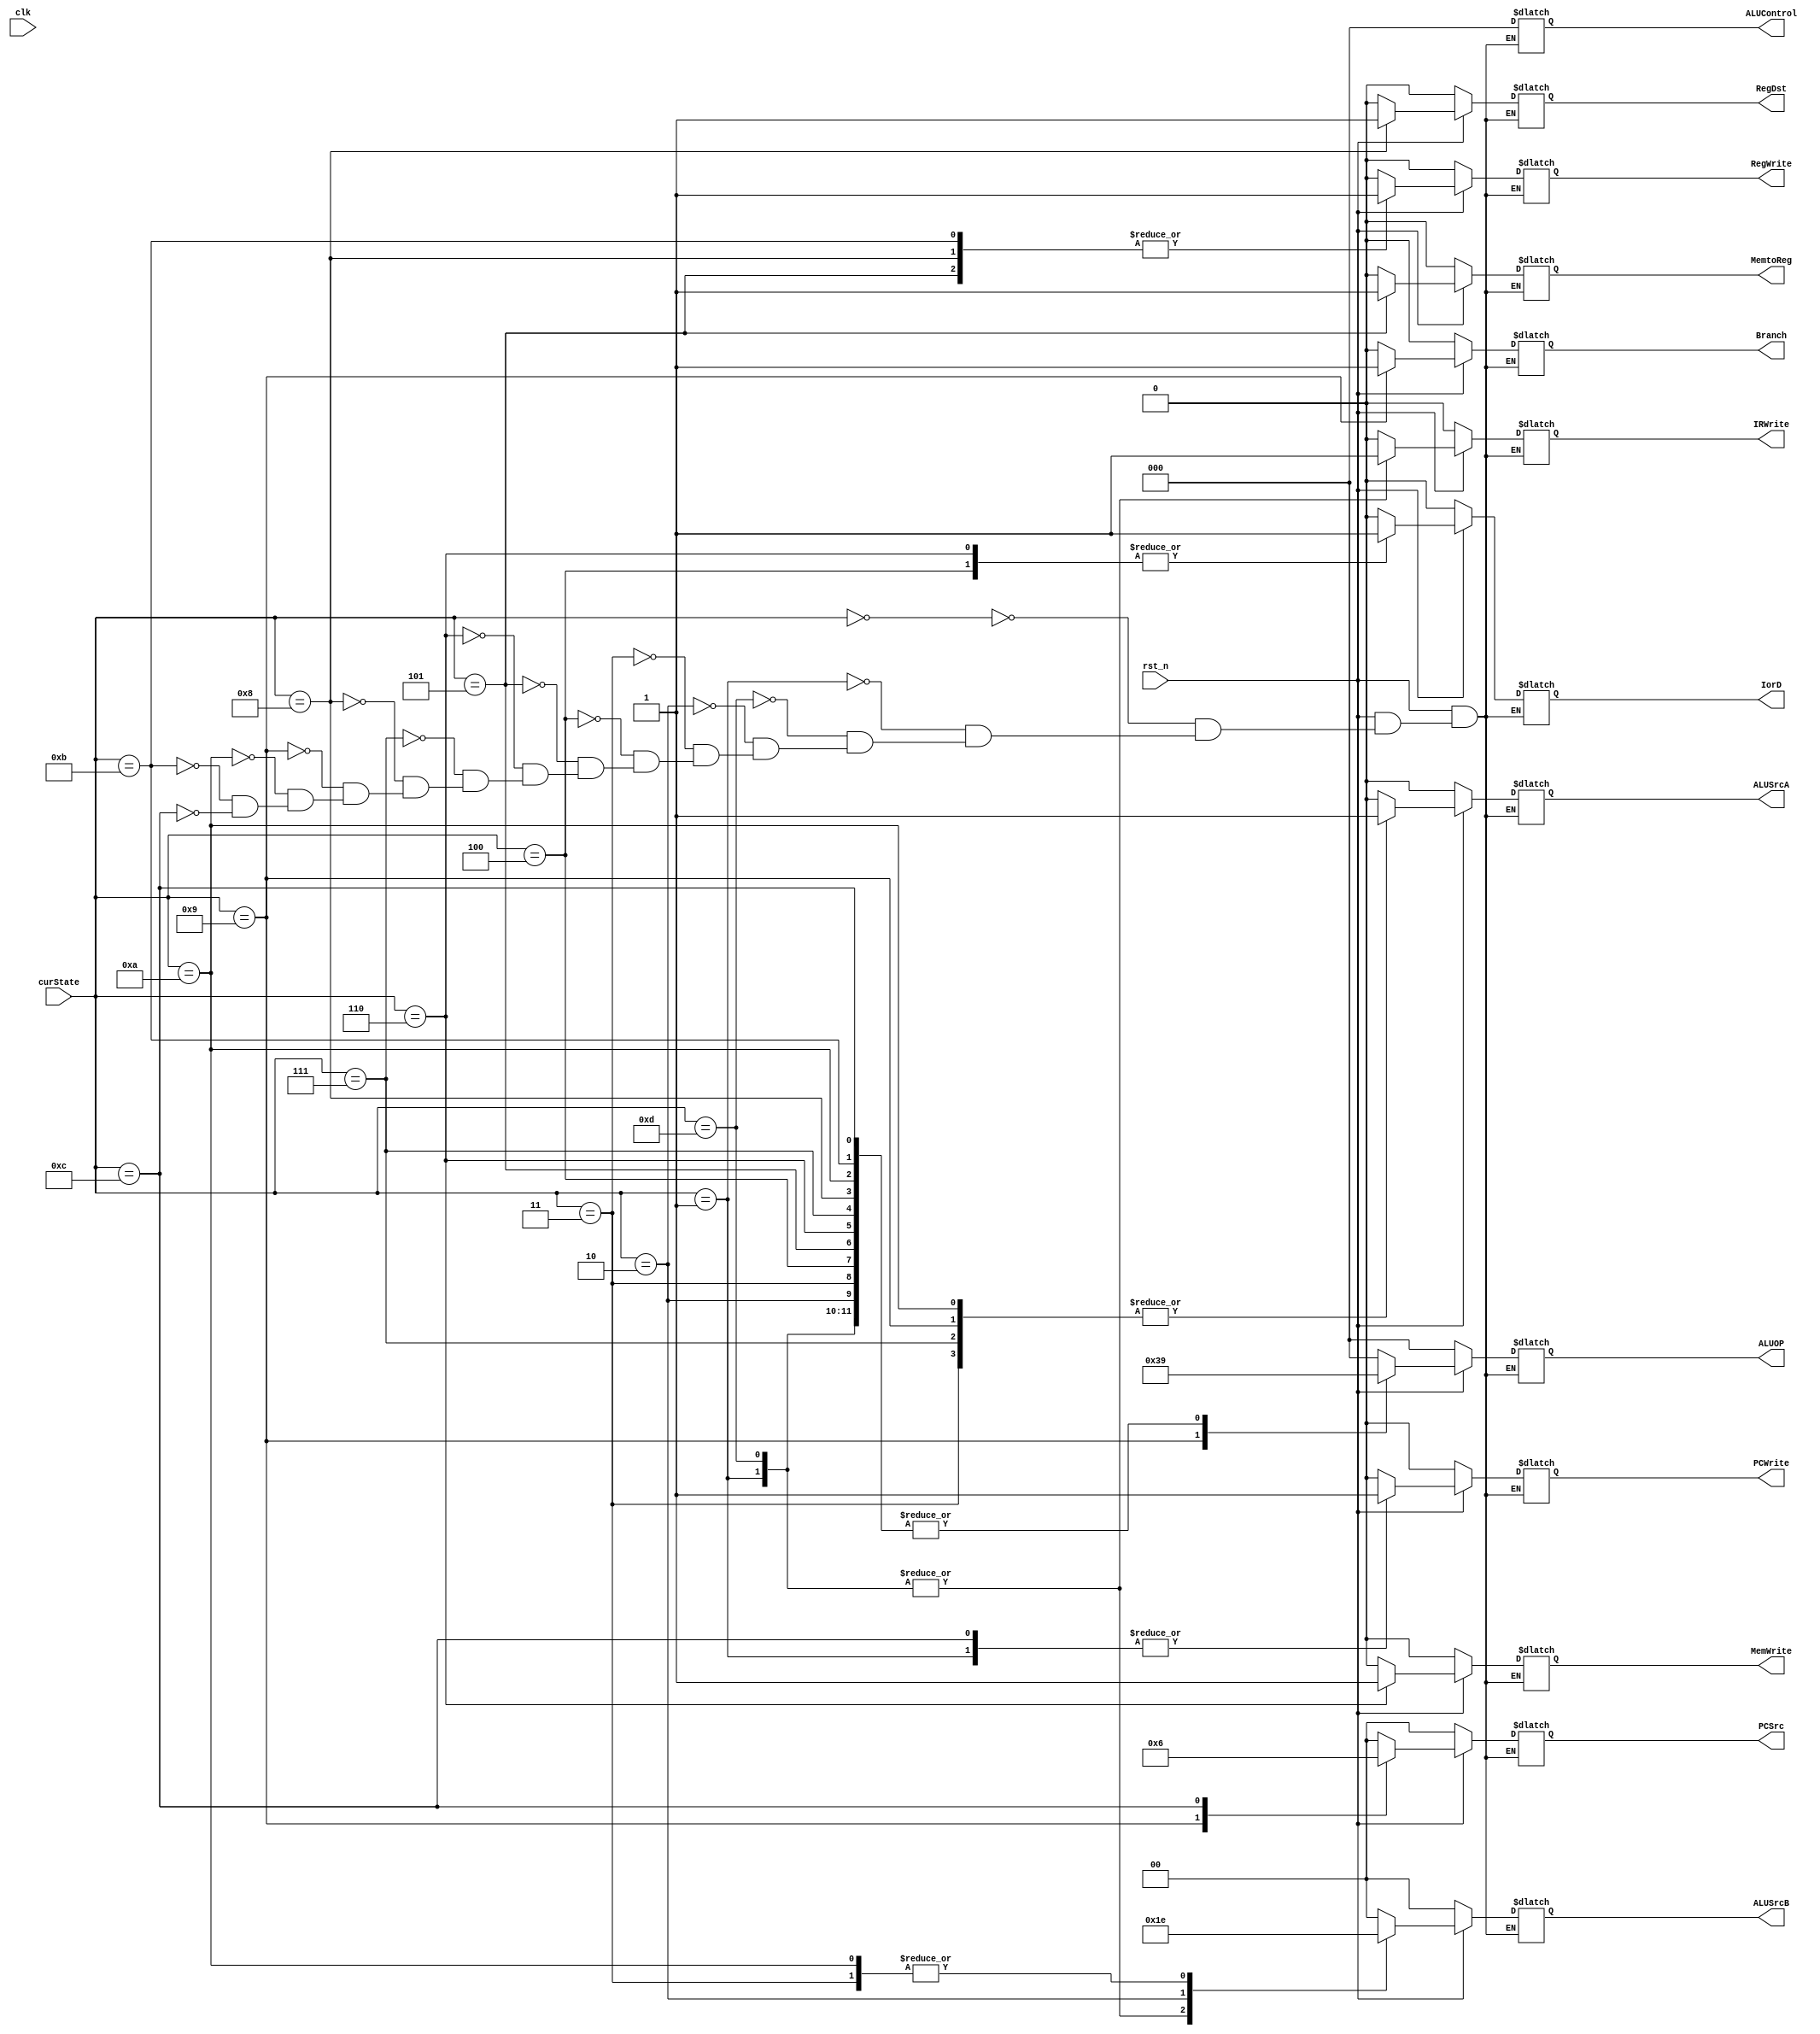
module Control_Unit_Signal(
input					clk,
input					rst_n,
input		[3:0]		curState,
output	reg				IorD,			//ָݱʶ0ʾָ1ʾ
output	reg				MemWrite,
output	reg				MemtoReg,
output	reg				IRWrite,
output	reg				PCWrite,
output	reg				RegWrite,
output	reg				RegDst,
output	reg				Branch,
output	reg	[1:0]		PCSrc,
output	reg	[2:0]		ALUControl,
output	reg				ALUSrcA,
output	reg	[1:0]		ALUSrcB,
output	reg	[2:0]		ALUOP
    );


parameter idle			= 4'b0000;
parameter fetch			= 4'b0001;		//ȡָ
parameter decode		= 4'b0010;		//
parameter memAddress 	= 4'b0011;		//ַ
parameter memRead 		= 4'b0100;		//ڴ
parameter memWriteBack	= 4'b0101;		//ڴд
parameter memWrite		= 4'b0110;		//ڴд
parameter execute		= 4'b0111;		//ִ
parameter ALUWriteBack	= 4'b1000;		//ALUд
parameter branch		= 4'b1001;		//֧
parameter addiExecute	= 4'b1010;		//addiִ
parameter addiWriteBack = 4'b1011;		//addiд
parameter jump			= 4'b1100;		//ת	
parameter suspend		= 4'b1101;


always@(*)
begin
	if(~rst_n)
	begin
		IorD		= 0;
		MemWrite	= 0;
		MemtoReg	= 0;
		IRWrite		= 0;
		PCWrite		= 0;
		RegWrite	= 0;
		RegDst		= 0;
		Branch		= 0;
		PCSrc		= 2'b00;
		ALUControl	= 3'b000;
		ALUSrcA		= 0;
		ALUSrcB		= 2'b00;
		ALUOP		= 2'b00;
	end
	else
	begin
		case(curState)
			idle:
				begin
					IorD		= 0;
					MemWrite	= 0;
					MemtoReg	= 0;
					IRWrite		= 0;
					PCWrite		= 0;
					RegWrite	= 0;
					RegDst		= 0;
					Branch		= 0;
					PCSrc		= 2'b00;
					ALUControl	= 3'b000;
					ALUSrcA		= 0;
					ALUSrcB		= 2'b00;
					ALUOP		= 2'b00;
				end
			fetch:
				begin
					IorD		= 0;
					MemWrite	= 0;
					MemtoReg	= 0;
					IRWrite		= 1;
					PCWrite		= 1;
					RegWrite	= 0;
					RegDst		= 0;
					Branch		= 0;
					PCSrc		= 2'b00;
					ALUControl	= 3'b000;
					ALUSrcA		= 0;
					ALUSrcB		= 2'b01;
					ALUOP		= 2'b001;
				end
			suspend:
				begin
					IorD		= 0;
					MemWrite	= 0;
					MemtoReg	= 0;
					IRWrite		= 1;
					PCWrite		= 0;
					RegWrite	= 0;
					RegDst		= 0;
					Branch		= 0;
					PCSrc		= 2'b00;
					ALUControl	= 3'b000;
					ALUSrcA		= 0;
					ALUSrcB		= 2'b01;
					ALUOP		= 2'b001;
				end
			decode:
				begin
					IorD		= 0;
					MemWrite	= 0;
					MemtoReg	= 0;
					IRWrite		= 0;
					PCWrite		= 0;
					RegWrite	= 0;
					RegDst		= 0;
					Branch		= 0;
					PCSrc		= 2'b00;
					ALUControl	= 3'b000;
					ALUSrcA		= 0;
					ALUSrcB		= 2'b11;
					ALUOP		= 2'b001;
				end
			memAddress:
				begin
					IorD		= 0;
					MemWrite	= 0;
					MemtoReg	= 0;
					IRWrite		= 0;
					PCWrite		= 0;
					RegWrite	= 0;
					RegDst		= 0;
					Branch		= 0;
					PCSrc		= 2'b00;
					ALUControl	= 3'b000;
					ALUSrcA		= 1;
					ALUSrcB		= 2'b10;
					ALUOP		= 2'b001;
				end
			memRead:
				begin
					IorD		= 1;
					MemWrite	= 0;
					MemtoReg	= 0;
					IRWrite		= 0;
					PCWrite		= 0;
					RegWrite	= 0;
					RegDst		= 0;
					Branch		= 0;
					PCSrc		= 2'b00;
					ALUControl	= 3'b000;
					ALUSrcA		= 0;
					ALUSrcB		= 2'b00;
					ALUOP		= 2'b001;
				end
			memWriteBack:
				begin
					IorD		= 0;
					MemWrite	= 0;
					MemtoReg	= 1;
					IRWrite		= 0;
					PCWrite		= 0;
					RegWrite	= 1;
					RegDst		= 0;
					Branch		= 0;
					PCSrc		= 2'b00;
					ALUControl	= 3'b000;
					ALUSrcA		= 0;
					ALUSrcB		= 2'b00;
					ALUOP		= 2'b001;
				end
			memWrite:
				begin
					IorD		= 1;
					MemWrite	= 1;
					MemtoReg	= 0;
					IRWrite		= 0;
					PCWrite		= 0;
					RegWrite	= 0;
					RegDst		= 0;
					Branch		= 0;
					PCSrc		= 2'b00;
					ALUControl	= 3'b000;
					ALUSrcA		= 0;
					ALUSrcB		= 2'b00;
					ALUOP		= 2'b001;
				end
			execute:
				begin
					IorD		= 0;
					MemWrite	= 0;
					MemtoReg	= 0;
					IRWrite		= 0;
					PCWrite		= 0;
					RegWrite	= 0;
					RegDst		= 0;
					Branch		= 0;
					PCSrc		= 2'b00;
					ALUControl	= 3'b000;
					ALUSrcA		= 1;
					ALUSrcB		= 2'b00;
					ALUOP		= 2'b001;
				end
			ALUWriteBack:
				begin
					IorD		= 0;
					MemWrite	= 0;
					MemtoReg	= 0;
					IRWrite		= 0;
					PCWrite		= 0;
					RegWrite	= 1;
					RegDst		= 1;
					Branch		= 0;
					PCSrc		= 2'b00;
					ALUControl	= 3'b000;
					ALUSrcA		= 0;
					ALUSrcB		= 2'b00;
					ALUOP		= 2'b001;
				end
			branch:
				begin
					IorD		= 0;
					MemWrite	= 0;
					MemtoReg	= 0;
					IRWrite		= 0;
					PCWrite		= 0;
					RegWrite	= 0;
					RegDst		= 0;
					Branch		= 1;
					PCSrc		= 2'b01;
					ALUControl	= 3'b000;
					ALUSrcA		= 1;
					ALUSrcB		= 2'b00;
					ALUOP		= 3'b111;
				end
			addiExecute:
				begin
					IorD		= 0;
					MemWrite	= 0;
					MemtoReg	= 0;
					IRWrite		= 0;
					PCWrite		= 0;
					RegWrite	= 0;
					RegDst		= 0;
					Branch		= 0;
					PCSrc		= 2'b00;
					ALUControl	= 3'b000;
					ALUSrcA		= 1;
					ALUSrcB		= 2'b10;
					ALUOP		= 2'b001;
				end
			addiWriteBack:
				begin
					IorD		= 0;
					MemWrite	= 0;
					MemtoReg	= 0;
					IRWrite		= 0;
					PCWrite		= 0;
					RegWrite	= 1;
					RegDst		= 0;
					Branch		= 0;
					PCSrc		= 2'b00;
					ALUControl	= 3'b000;
					ALUSrcA		= 0;
					ALUSrcB		= 2'b00;
					ALUOP		= 2'b001;
				end
			jump:
				begin
					IorD		= 0;
					MemWrite	= 0;
					MemtoReg	= 0;
					IRWrite		= 0;
					PCWrite		= 1;
					RegWrite	= 0;
					RegDst		= 0;
					Branch		= 0;
					PCSrc		= 2'b10;
					ALUControl	= 3'b000;
					ALUSrcA		= 0;
					ALUSrcB		= 2'b00;
					ALUOP		= 2'b001;
				end
		endcase
	end
end
	
endmodule